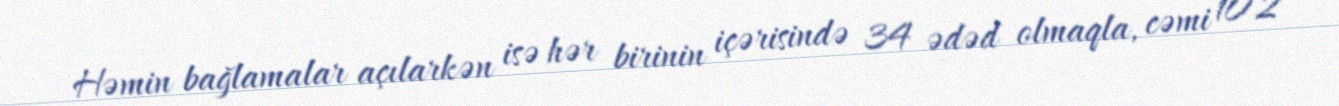
Həmin bağlamalar açılarkən isə hər birinin içərisində 34 ədəd olmaqla, cəmi 102